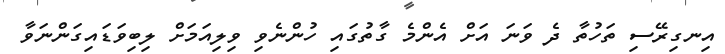
އިނގިރޭސި ތަހުތާ ދެ ވަނަ އަށް އެންމެ ގާތުގައި ހުންނެވި ވިލިއަމަށް ލިބިވަޑައިގަންނަވާ